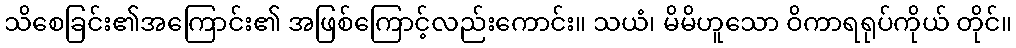
သိစေခြင်း၏အကြောင်း၏ အဖြစ်ကြောင့်လည်းကောင်း။ သယံ၊ မိမိဟူသော ဝိကာရရုပ်ကိုယ် တိုင်။